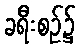
ခရီးစဉ်၌